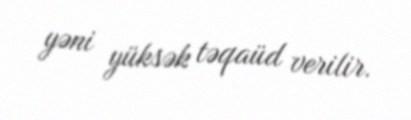
yəni yüksək təqaüd verilir.